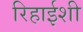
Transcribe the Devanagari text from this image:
रिहाईशी